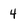
Character: 4